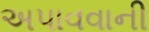
અપાવવાની